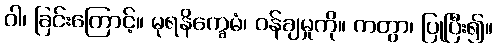
ဝါ၊ ခြင်းကြောင့်။ မုရနိက္ခေမံ၊ ဝန်ချမှုကို။ ကတွာ၊ ပြုပြီး၍။